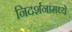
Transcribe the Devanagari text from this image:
निदर्शनांमध्ये